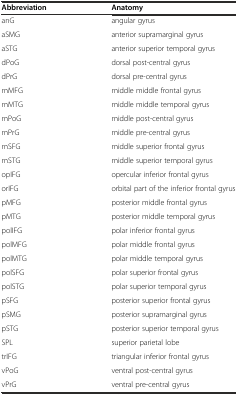
<table><thead><tr><td><b>Abbreviation</b></td><td><b>Anatomy</b></td></tr></thead><tbody><tr><td>anG</td><td>angular gyrus</td></tr><tr><td>aSMG</td><td>anterior supramarginal gyrus</td></tr><tr><td>aSTG</td><td>anterior superior temporal gyrus</td></tr><tr><td>dPoG</td><td>dorsal post-central gyrus</td></tr><tr><td>dPrG</td><td>dorsal pre-central gyrus</td></tr><tr><td>mMFG</td><td>middle middle frontal gyrus</td></tr><tr><td>mMTG</td><td>middle middle temporal gyrus</td></tr><tr><td>mPoG</td><td>middle post-central gyrus</td></tr><tr><td>mPrG</td><td>middle pre-central gyrus</td></tr><tr><td>mSFG</td><td>middle superior frontal gyrus</td></tr><tr><td>mSTG</td><td>middle superior temporal gyrus</td></tr><tr><td>opIFG</td><td>opercular inferior frontal gyrus</td></tr><tr><td>orIFG</td><td>orbital part of the inferior frontal gyrus</td></tr><tr><td>pMFG</td><td>posterior middle frontal gyrus</td></tr><tr><td>pMTG</td><td>posterior middle temporal gyrus</td></tr><tr><td>polIFG</td><td>polar inferior frontal gyrus</td></tr><tr><td>polMFG</td><td>polar middle frontal gyrus</td></tr><tr><td>polMTG</td><td>polar middle temporal gyrus</td></tr><tr><td>polSFG</td><td>polar superior frontal gyrus</td></tr><tr><td>polSTG</td><td>polar superior temporal gyrus</td></tr><tr><td>pSFG</td><td>posterior superior frontal gyrus</td></tr><tr><td>pSMG</td><td>posterior supramarginal gyrus</td></tr><tr><td>pSTG</td><td>posterior superior temporal gyrus</td></tr><tr><td>SPL</td><td>superior parietal lobe</td></tr><tr><td>trIFG</td><td>triangular inferior frontal gyrus</td></tr><tr><td>vPoG</td><td>ventral post-central gyrus</td></tr><tr><td>vPrG</td><td>ventral pre-central gyrus</td></tr></tbody></table>